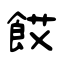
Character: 餀